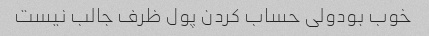
خوب بودولی حساب کردن پول ظرف جالب نیست